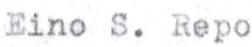
Eino S. Repo